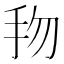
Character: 𢪥